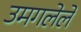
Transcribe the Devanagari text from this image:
उमगलेले